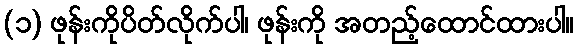
(၁) ဖုန်းကိုပိတ်လိုက်ပါ၊ ဖုန်းကို အတည့်ထောင်ထားပါ။